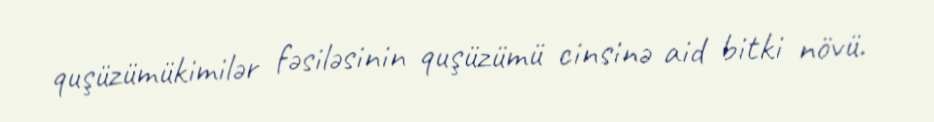
quşüzümükimilər fəsiləsinin quşüzümü cinsinə aid bitki növü.